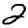
Digit: 2